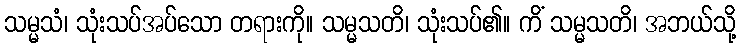
သမ္မသံ၊ သုံးသပ်အပ်သော တရားကို။ သမ္မသတိ၊ သုံးသပ်၏။ ကိံ သမ္မသတိ၊ အဘယ်သို့